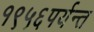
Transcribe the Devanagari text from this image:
१९५६पर्यन्त